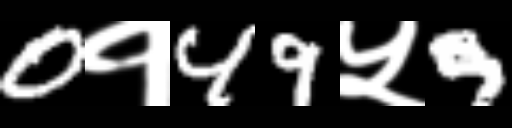
Text: 0१49५9